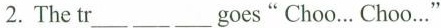
2. The tr ___ ___ ___ goes" Choo… Choo…"